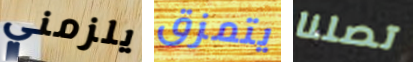
يلزمني يتمزق تصلنا